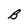
Character: B